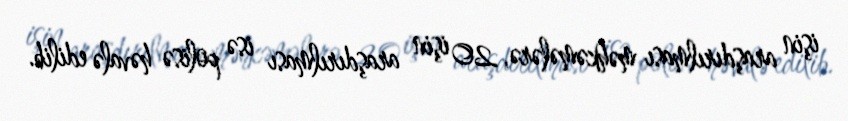
işin araşdırılması məhkəmələrə, 20 işin araşdırılması isə polisə həvalə edilib.